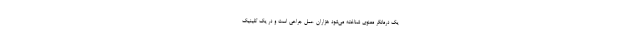
یک درمانگر معنوی شناخته می‌شود هزاران عمل جراحی است و در یک کلینیک